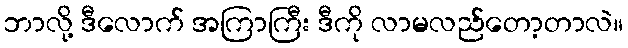
ဘာလို့ ဒီလောက် အကြာကြီး ဒီကို လာမလည်တော့တာလဲ။